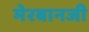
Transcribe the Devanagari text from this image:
मेरबानजी